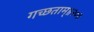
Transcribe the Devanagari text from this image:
गच्छताम्‌॥२०॥